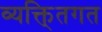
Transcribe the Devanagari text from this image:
व्यक्ति्तगत